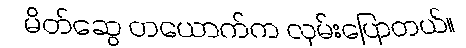
မိတ်ဆွေ တယောက်က လှမ်းပြောတယ်။